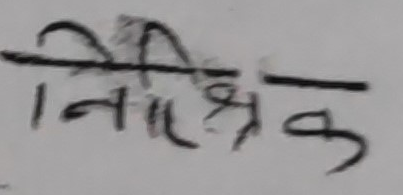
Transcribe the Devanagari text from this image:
निरीक्षक